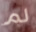
لم